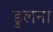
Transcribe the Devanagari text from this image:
डुलना